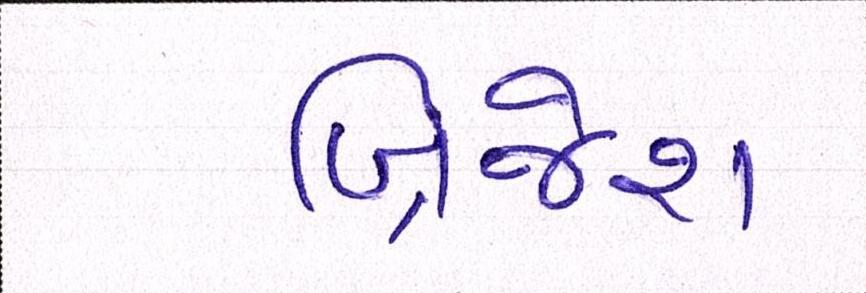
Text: બ્રિજેશ